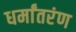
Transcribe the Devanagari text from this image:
धर्मांतरंण